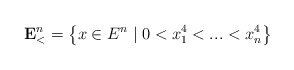
\begin{align*}\mathbf{E}_{<}^{n}=\left\{ x\in E^{n}\mid 0<x_{1}^{4}<...<x_{n}^{4}\right\}\end{align*}